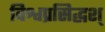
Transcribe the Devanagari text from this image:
विश्वप्रसिद्धश्